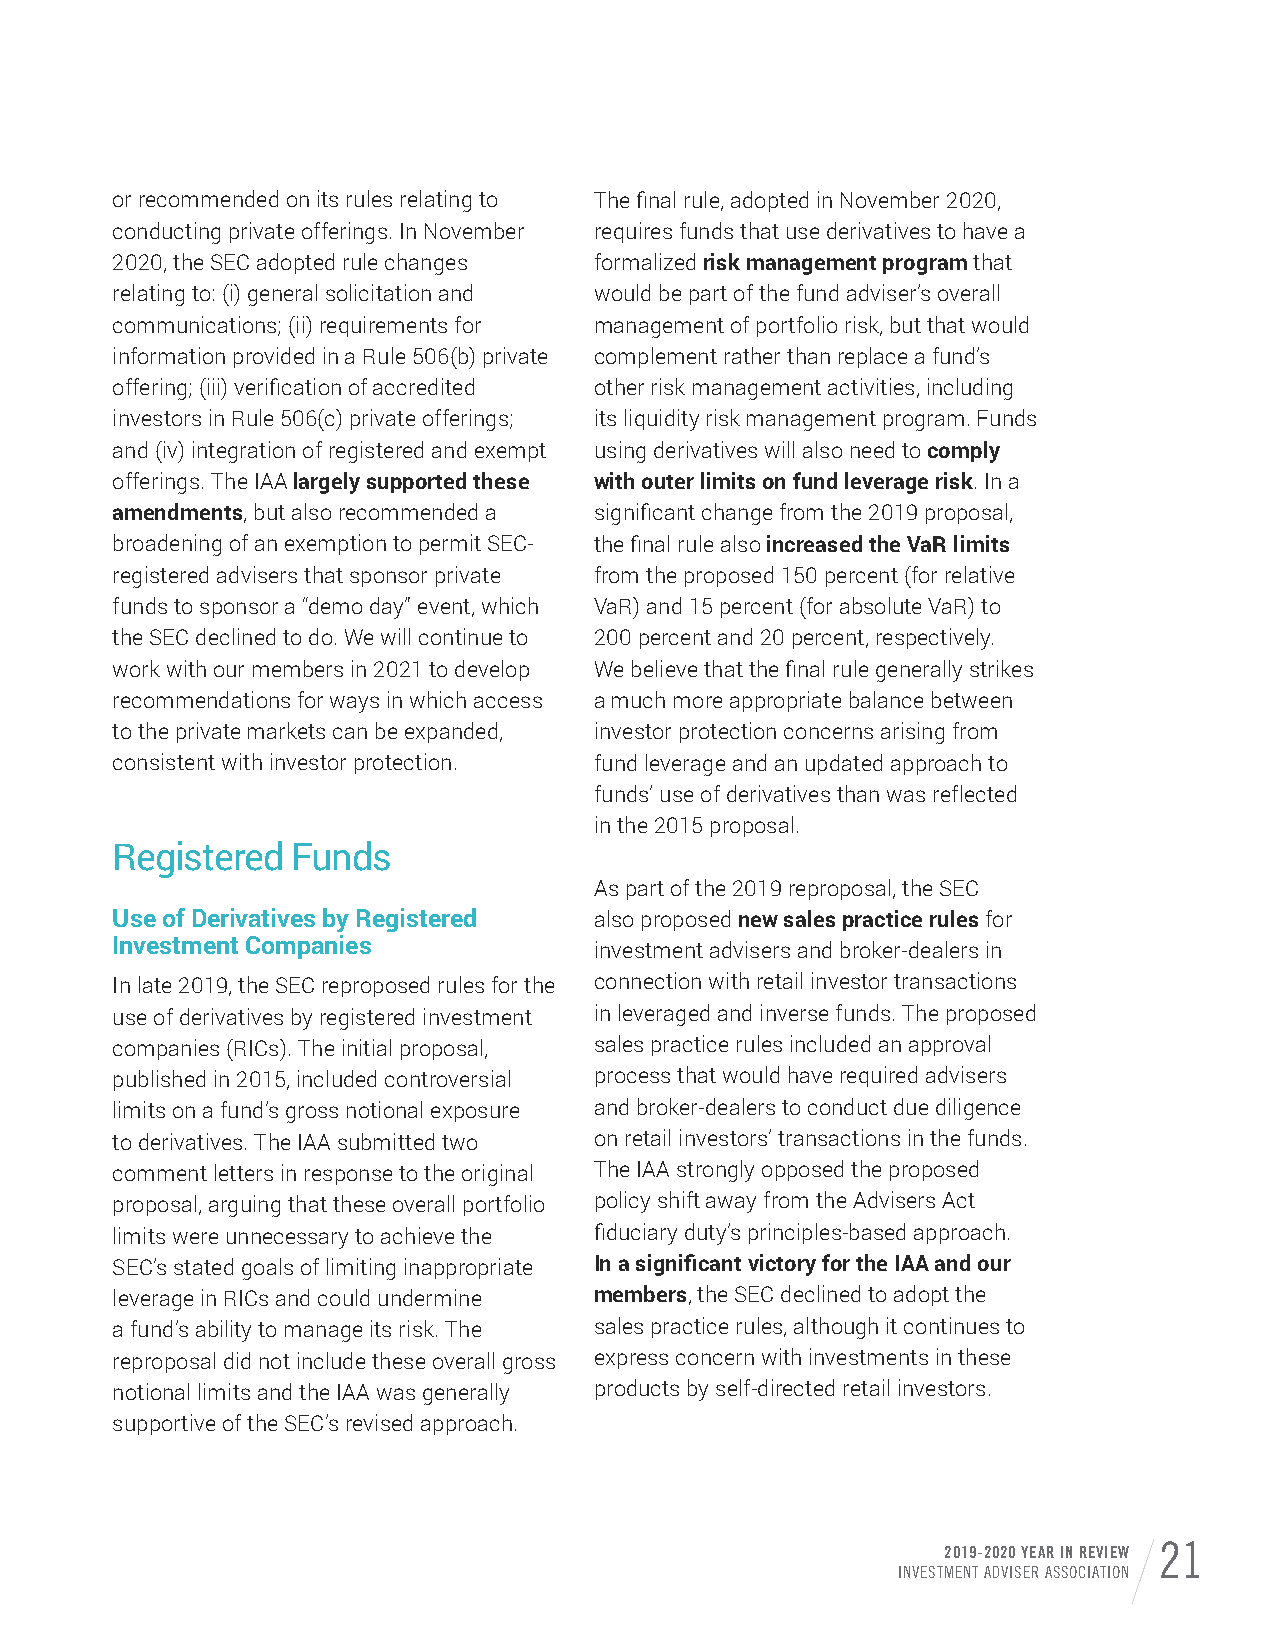
or recommended on its rules relating to The final rule, adopted in November 2020,
 conducting private offerings. In November requires funds that use derivatives to have a
 2020, the SEC adopted rule changes formalized risk management program that
 relating to: (i) general solicitation and would be part of the fund adviser’s overall
 communications; (ii) requirements for management of portfolio risk, but that would
 information provided in a Rule 506(b) private complement rather than replace a fund’s
 offering; (iii) verification of accredited other risk management activities, including
 investors in Rule 506(c) private offerings; its liquidity risk management program. Funds
 and (iv) integration of registered and exempt using derivatives will also need to comply
 offerings. The IAA largely supported these with outer limits on fund leverage risk. In a
 amendments, but also recommended a significant change from the 2019 proposal,
 broadening of an exemption to permit SEC- the final rule also increased the VaR limits
 registered advisers that sponsor private from the proposed 150 percent (for relative
 funds to sponsor a “demo day” event, which VaR) and 15 percent (for absolute VaR) to
 the SEC declined to do. We will continue to 200 percent and 20 percent, respectively.
 work with our members in 2021 to develop We believe that the final rule generally strikes
 recommendations for ways in which access a much more appropriate balance between
 to the private markets can be expanded, investor protection concerns arising from
 consistent with investor protection. fund leverage and an updated approach to
 funds’ use of derivatives than was reflected
 in the 2015 proposal.
 Registered  Funds
 As part of the 2019 reproposal, the SEC
 Use of Derivatives by Registered also proposed new sales practice rules for
 Investment Companies
 investment advisers and broker-dealers in
 In late 2019, the SEC reproposed rules for the connection with retail investor transactions
 use of derivatives by registered investment in leveraged and inverse funds. The proposed
 companies (RICs). The initial proposal, sales practice rules included an approval
 published in 2015, included controversial process that would have required advisers
 limits on a fund’s gross notional exposure and broker-dealers to conduct due diligence
 to derivatives. The IAA submitted two on retail investors’ transactions in the funds.
 comment letters in response to the original The IAA strongly opposed the proposed
 proposal, arguing that these overall portfolio policy shift away from the Advisers Act
 limits were unnecessary to achieve the fiduciary duty’s principles-based approach.
 SEC’s stated goals of limiting inappropriate In a significant victory for the IAA and our
 leverage in RICs and could undermine members, the SEC declined to adopt the
 a fund’s ability to manage its risk. The sales practice rules, although it continues to
 reproposal did not include these overall gross express concern with investments in these
 notional limits and the IAA was generally products by self-directed retail investors.
 supportive of the SEC’s revised approach.
 2019-2020 YEAR IN REVIEW 21
 INVESTMENT ADVISER ASSOCIATION